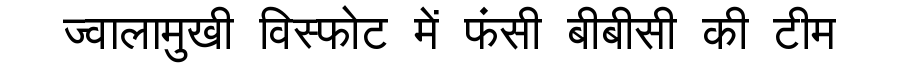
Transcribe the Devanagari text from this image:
ज्वालामुखी विस्फोट में फंसी बीबीसी की टीम